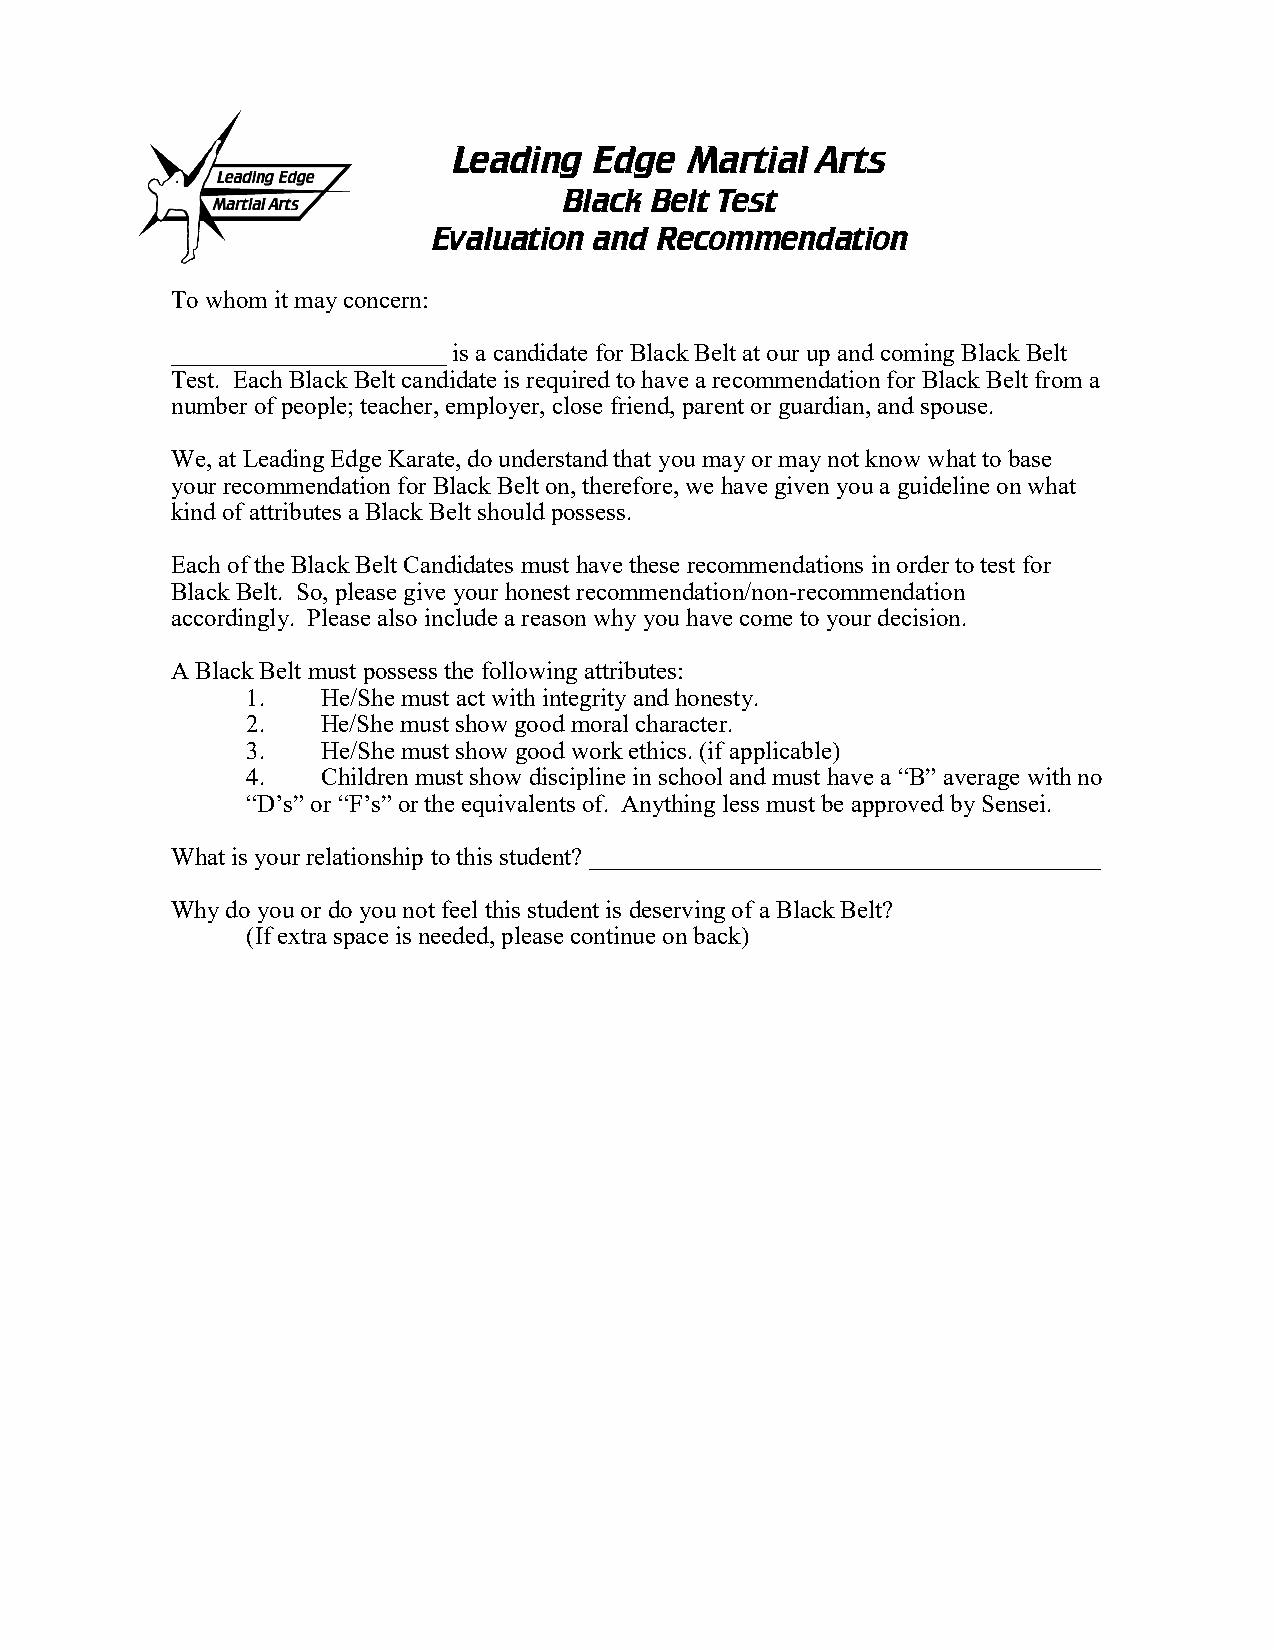
Leading  Edge   Martial Arts
 Black Belt Test
 Evaluation and Recommendation
 To whom it may concern:
 ______________________ is a candidate for Black Belt at our up and coming Black Belt
 Test. Each Black Belt candidate is required to have a recommendation for Black Belt from a
 number of people; teacher, employer, close friend, parent or guardian, and spouse.
 We, at Leading Edge Karate, do understand that you may or may not know what to base
 your recommendation for Black Belt on, therefore, we have given you a guideline on what
 kind of attributes a Black Belt should possess.
 Each of the Black Belt Candidates must have these recommendations in order to test for
 Black Belt. So, please give your honest recommendation/non-recommendation
 accordingly. Please also include a reason why you have come to your decision.
 A Black Belt must possess the following attributes:
 1.   He/She must act with integrity and honesty.
 2.   He/She must show good moral character.
 3.   He/She must show good work ethics. (if applicable)
 4.   Children must show discipline in school and must have a “B” average with no
 “D’s” or “F’s” or the equivalents of. Anything less must be approved by Sensei.
 What is your relationship to this student? _________________________________________
 Why do you or do you not feel this student is deserving of a Black Belt?
 (If extra space is needed, please continue on back)